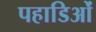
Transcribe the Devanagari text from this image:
पहाडिओं